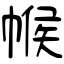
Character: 帿